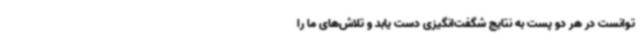
توانست در هر دو پست به نتایج شگفت‌انگیزی دست یابد و تلاش‌های ما را